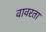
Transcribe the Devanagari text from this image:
वावरता